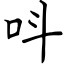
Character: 呌